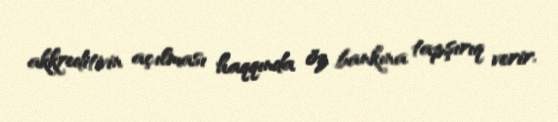
akkreditivin açılması haqqında öz bankına tapşırıq verir.